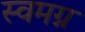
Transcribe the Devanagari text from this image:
स्वमग्न